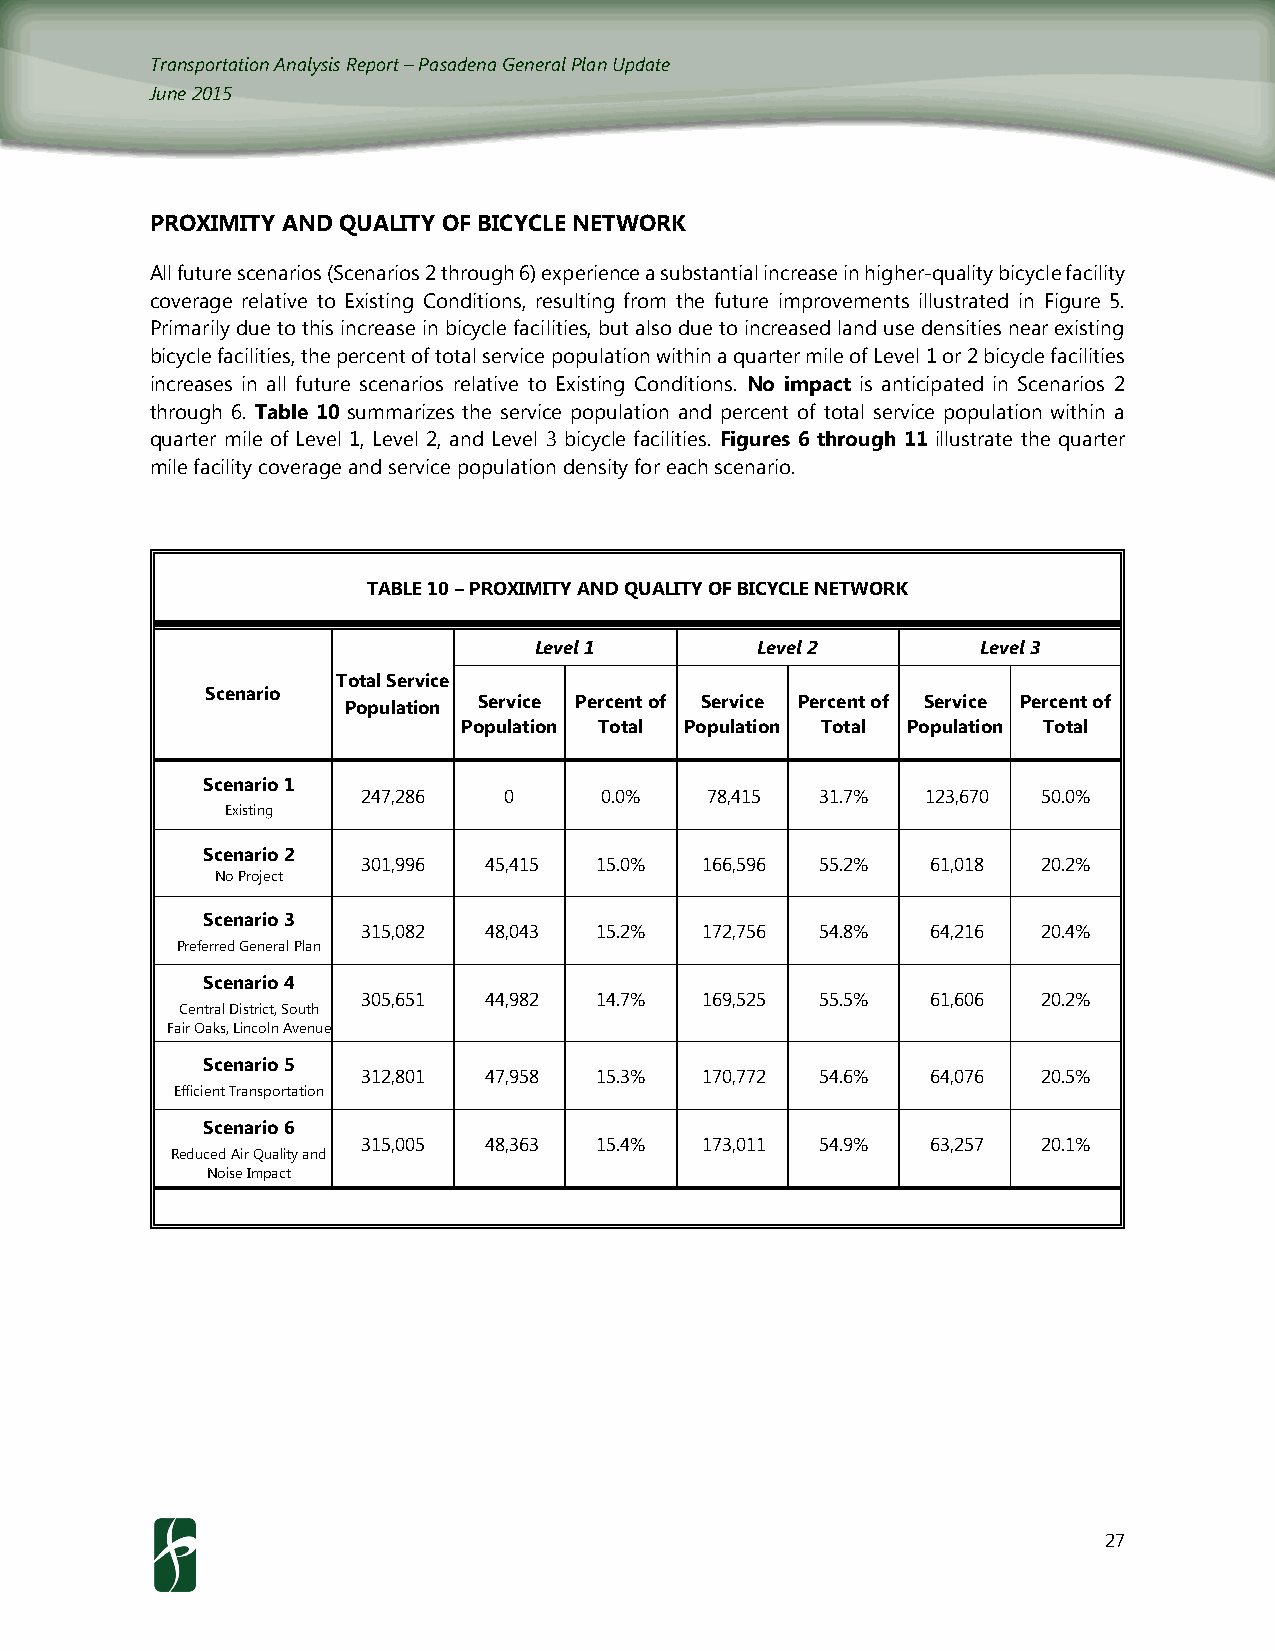
Transportation Analysis Report – Pasadena General Plan Update
 June 2015
 PROXIMITY AND QUALITY OF BICYCLE NETWORK
 All future scenarios (Scenarios 2 through 6) experience a substantial increase in higher-quality bicycle facility
 coverage relative to Existing Conditions, resulting from the future improvements illustrated in Figure 5.
 Primarily due to this increase in bicycle facilities, but also due to increased land use densities near existing
 bicycle facilities, the percent of total service population within a quarter mile of Level 1 or 2 bicycle facilities
 increases in all future scenarios relative to Existing Conditions. No impact is anticipated in Scenarios 2
 through 6. Table 10 summarizes the service population and percent of total service population within a
 quarter mile of Level 1, Level 2, and Level 3 bicycle facilities. Figures 6 through 11 illustrate the quarter
 mile facility coverage and service population density for each scenario.
 TABLE 10 – PROXIMITY AND QUALITY OF BICYCLE NETWORK
 Level 1        Level 2        Level 3
 Total Service
 Scenario
 Population Service Percent of Service Percent of Service Percent of
 Population Total Population Total Population Total
 Scenario 1
 247,286  0      0.0%   78,415 31.7%  123,670 50.0%
 Existing
 Scenario 2
 301,996 45,415 15.0%   166,596 55.2%  61,018 20.2%
 No Project
 Scenario 3
 315,082 48,043 15.2%   172,756 54.8%  64,216 20.4%
 Preferred General Plan
 Scenario 4
 305,651 44,982 14.7%   169,525 55.5%  61,606 20.2%
 Central District, South
 Fair Oaks, Lincoln Avenue
 Scenario 5
 312,801 47,958 15.3%   170,772 54.6%  64,076 20.5%
 Efficient Transportation
 Scenario 6
 315,005 48,363 15.4%   173,011 54.9%  63,257 20.1%
 Reduced Air Quality and
 Noise Impact
 27